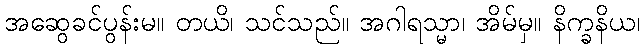
အဆွေခင်ပွန်းမ။ တယိ၊ သင်သည်။ အဂါရသ္မာ၊ အိမ်မှ။ နိက္ခနိယ၊